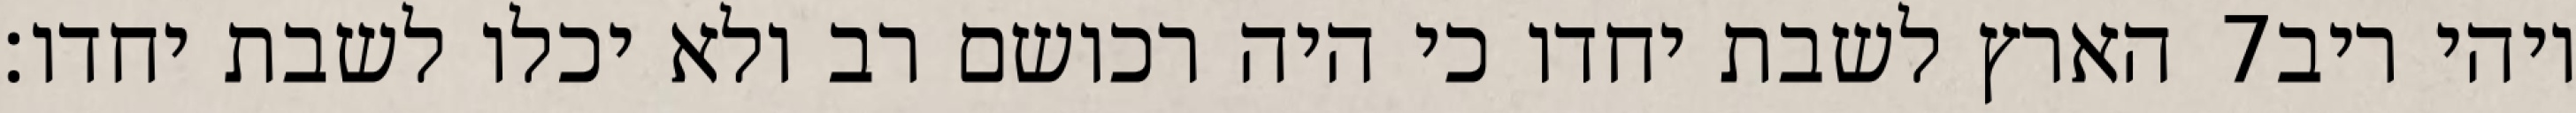
הארץ לשבת יחדו כי היה רכושם רב ולא יכלו לשבת יחדו׃ ‎7‏ ויהי ריב